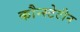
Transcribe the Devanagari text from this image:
कौन्स्टेटीन